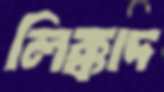
লিক্কাদ